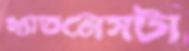
খ্যাতনেসটা